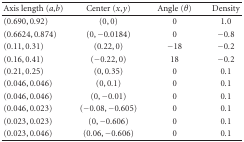
| Axis length (a,b) | Center (x,y) | Angle (θ) | Density |
 | --- | --- | --- | --- |
 | (0.690, 0.92) | (0, 0) | 0 | 1.0 |
 | (0.6624, 0.874) | (0, −0.0184) | 0 | −0.8 |
 | (0.11, 0.31) | (0.22, 0) | −18 | −0.2 |
 | (0.16, 0.41) | (−0.22, 0) | 18 | −0.2 |
 | (0.21, 0.25) | (0, 0.35) | 0 | 0.1 |
 | (0.046, 0.046) | (0, 0.1) | 0 | 0.1 |
 | (0.046, 0.046) | (0, −0.01) | 0 | 0.1 |
 | (0.046, 0.023) | (−0.08, −0.605) | 0 | 0.1 |
 | (0.023, 0.023) | (0, −0.606) | 0 | 0.1 |
 | (0.023, 0.046) | (0.06, −0.606) | 0 | 0.1 |